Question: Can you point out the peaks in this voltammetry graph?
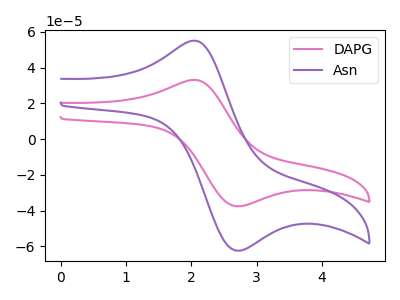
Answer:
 <answer>The pink curve "DAPG" has an anodic peak at (2.00V, 33.10uA) and a cathodic peak at (2.75V, -37.50uA). The purple curve "Asn" has an anodic peak at (2.00V, 55.00uA) and a cathodic peak at (2.75V, -62.35uA).</answer>
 <eval></eval>